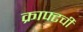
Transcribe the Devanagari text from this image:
क्राफ्टची